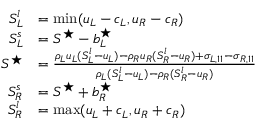
\begin{array} { r l } { S _ { L } ^ { l } } & { = \mathrm { m i n } ( u _ { L } - c _ { L } , u _ { R } - c _ { R } ) } \\ { S _ { L } ^ { s } } & { = S ^ { \star } - b _ { L } ^ { \star } } \\ { S ^ { \star } } & { = \frac { \rho _ { L } u _ { L } ( S _ { L } ^ { l } - u _ { L } ) - \rho _ { R } u _ { R } ( S _ { R } ^ { l } - u _ { R } ) + \sigma _ { L , 1 1 } - \sigma _ { R , 1 1 } } { \rho _ { L } ( S _ { L } ^ { l } - u _ { L } ) - \rho _ { R } ( S _ { R } ^ { l } - u _ { R } ) } } \\ { S _ { R } ^ { s } } & { = S ^ { \star } + b _ { R } ^ { \star } } \\ { S _ { R } ^ { l } } & { = \mathrm { m a x } ( u _ { L } + c _ { L } , u _ { R } + c _ { R } ) } \end{array}